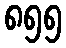
၈၅၅